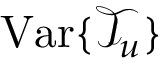
\operatorname { V a r } \{ \mathcal { T } _ { u } \}